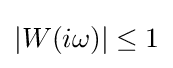
\left|W(i\omega )\right|\leq 1